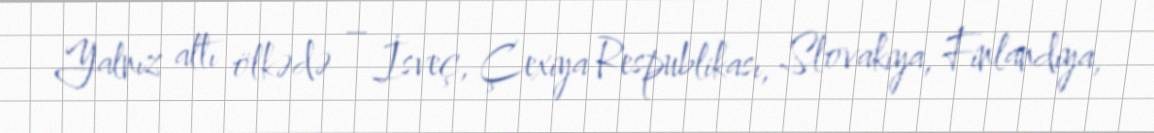
Yalnız altı ölkədə – İsveç, Çexiya Respublikası, Slovakiya, Finlandiya,